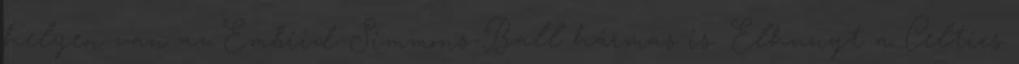
helyen van az Embiid-Simmons-Ball hármas is. Elhunyt a Celtics